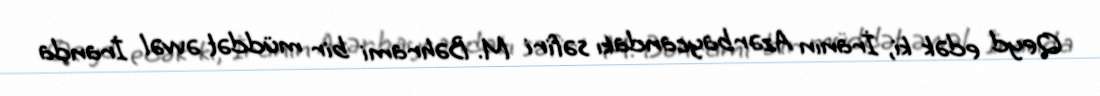
Qeyd edək ki, İranın Azərbaycandakı səfiri M. Bəhrami bir müddət əvvəl İranda